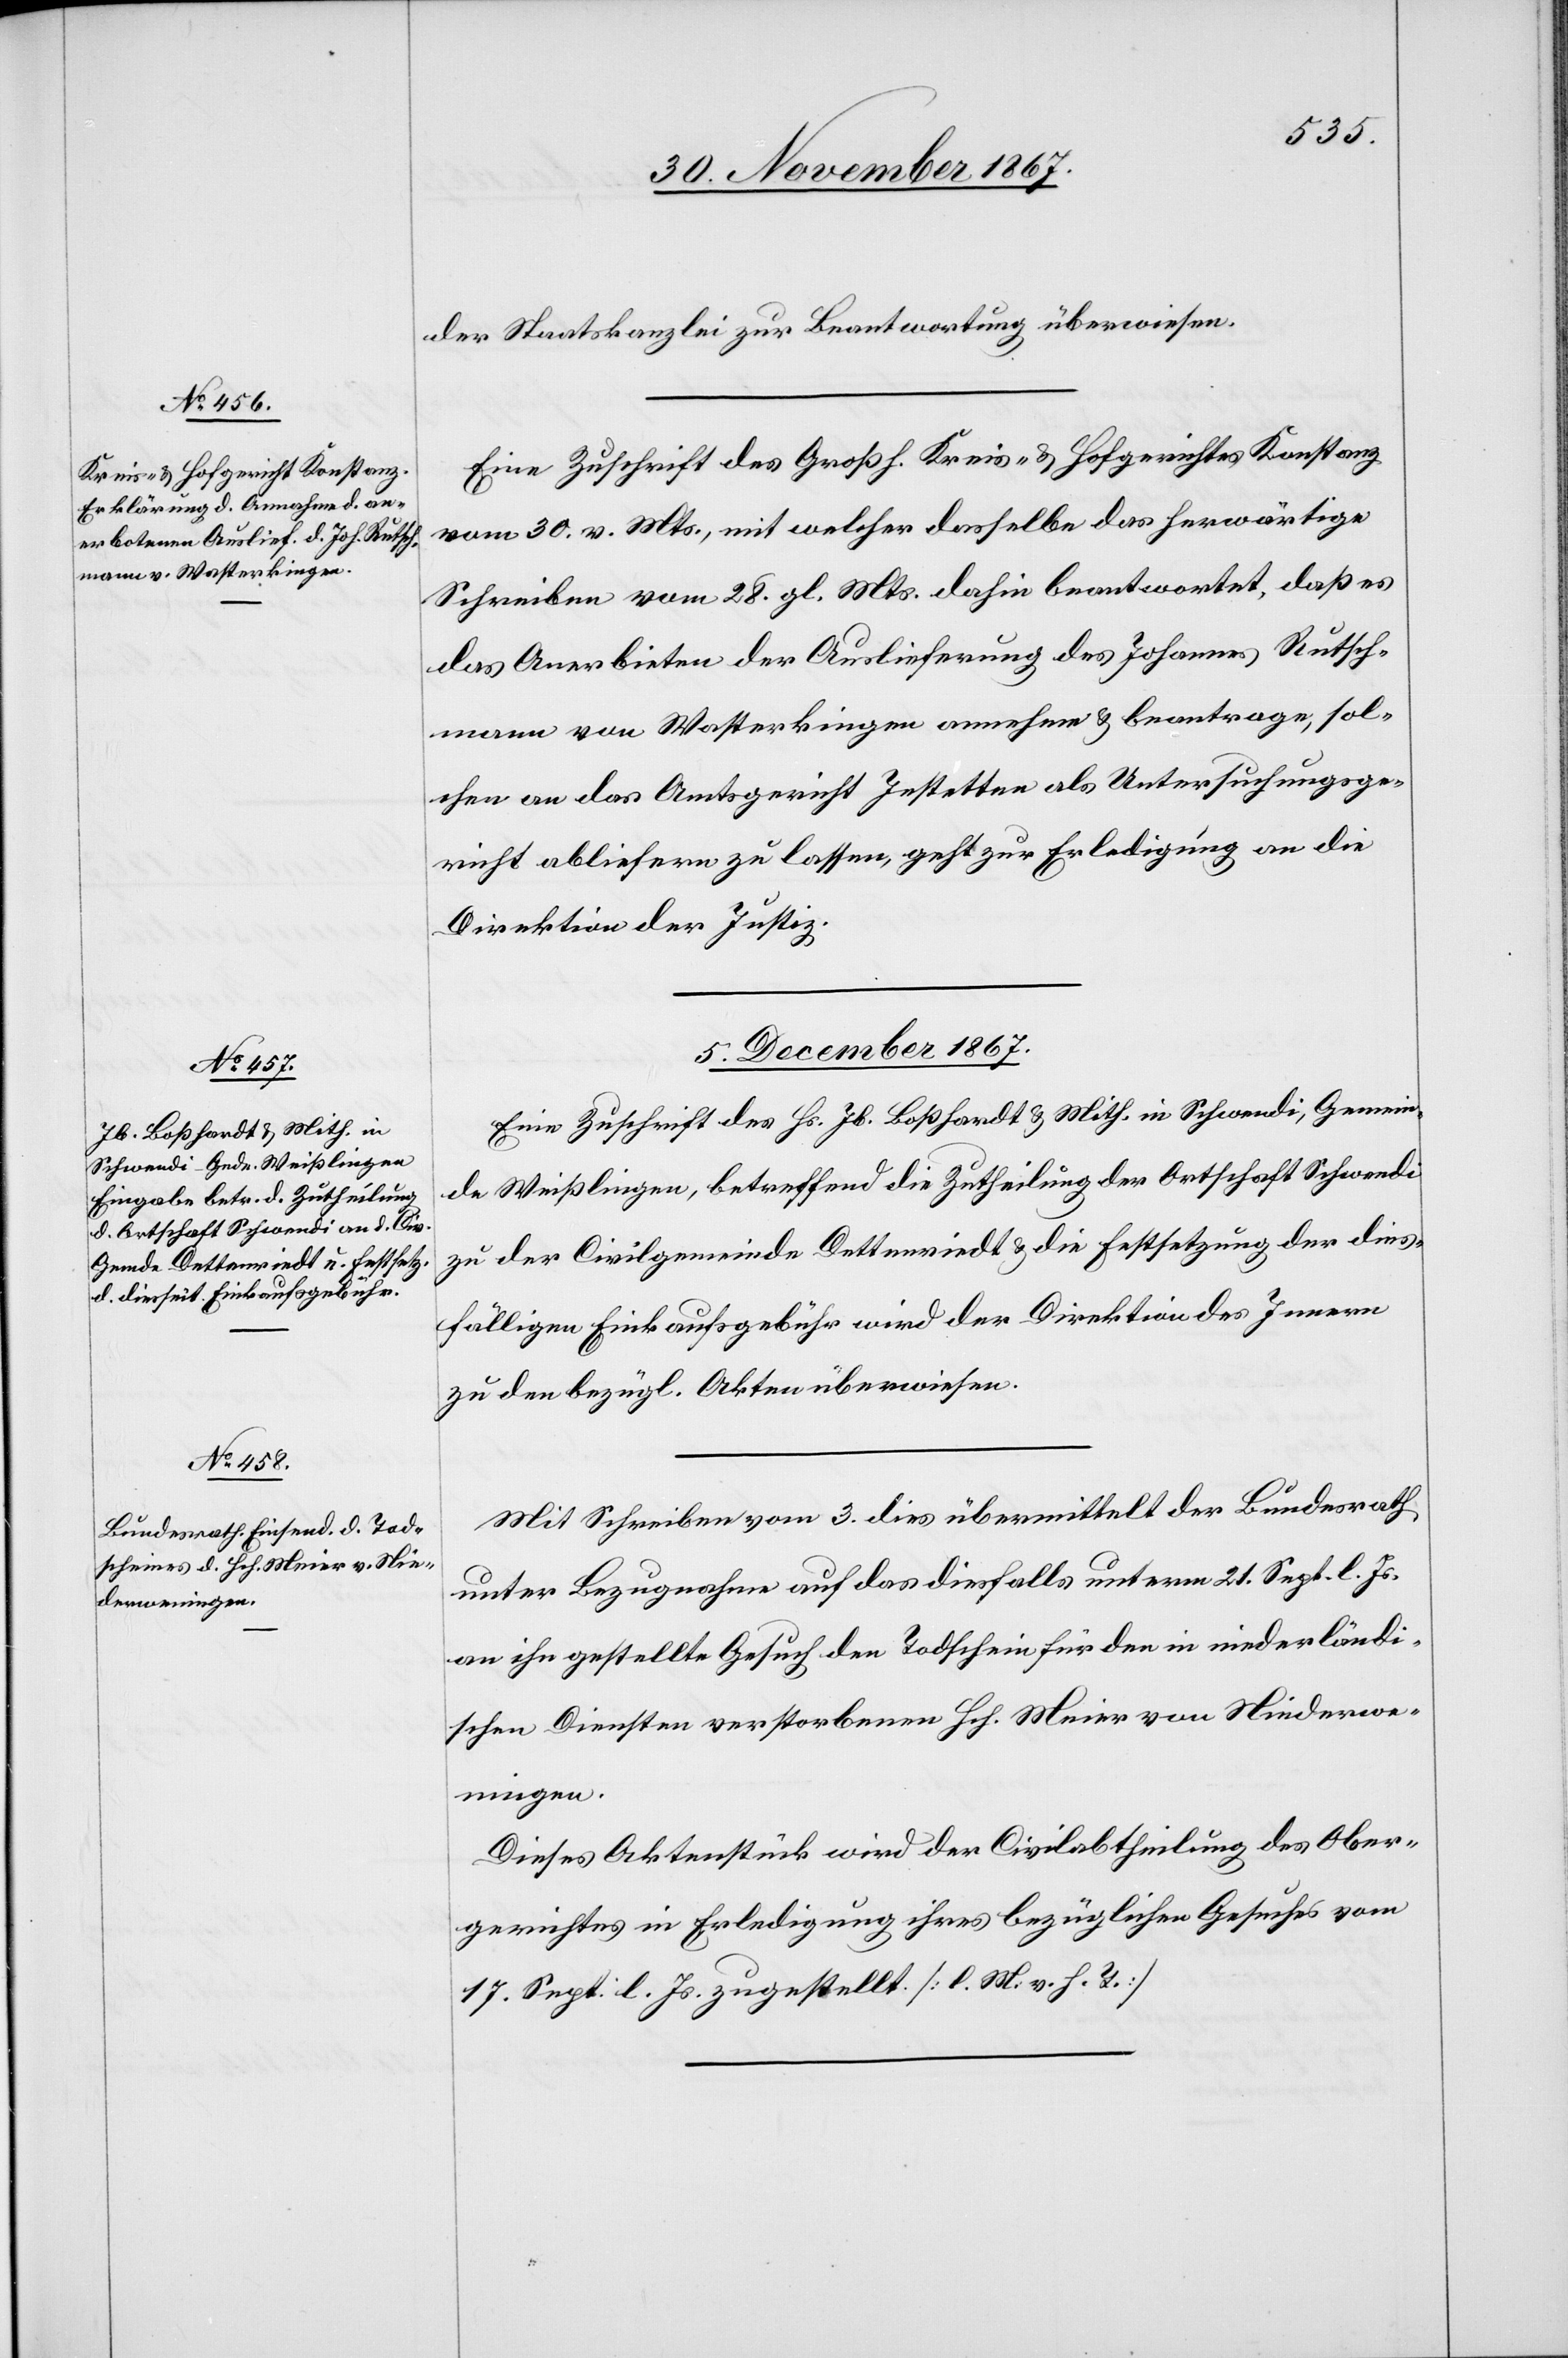
der Staatskanzlei zur Beantwortung überwiesen.
Eine Zuschrift des Großh. Kreis- u. Hofgerichtes Konstanz
vom 30. v. Mts., mit welcher dasselbe das herwärtige
Schreiben vom 28. gl. Mts. dahin beantwortet, daßes
das Anerbieten der Auslieferung des Johannes Rutsch¬
mann von Wasterkingen annehme u. beantrage, sol¬
chen an das Amtsgericht Jestetten ans Untersuchungsge¬
richt abliefern zu lassen, geht zur Erledigung an die
Direktion der Polizei.
5. December 1867.]
Eine Zuschrift des Hs. Jb. Boßhardt u. Mith. in Schwendi, Gemein¬
de Weißlingen, betreffend die Zutheilung der Ortschaft Schwendi
zu der Civilgemeinde Dettenriedt u. die Festsetzung der dies¬
fälligen Einkaufsgebühr wird der Direktion des Innern
zu den bezügl. Akten überwiesen.
Mit Schreiben vom 3. dies übermittelt der Bundesrath
unter Bezugnahme auf das diesfalls unterm 21. Sept. l. Js.
an ihn gestellte Gesuch den Todschein für den in niederländi¬
schen Diensten verstorbenen Hch. Meier von Niederwe¬
ningen.
Dieses Aktenstück wird der Civilabtheilung des Ober¬
gerichtes in Erledigung ihres bezüglichen Gesuches vom
17. Sept. l. Js. zugestellt. [l. M. v. h. T.]